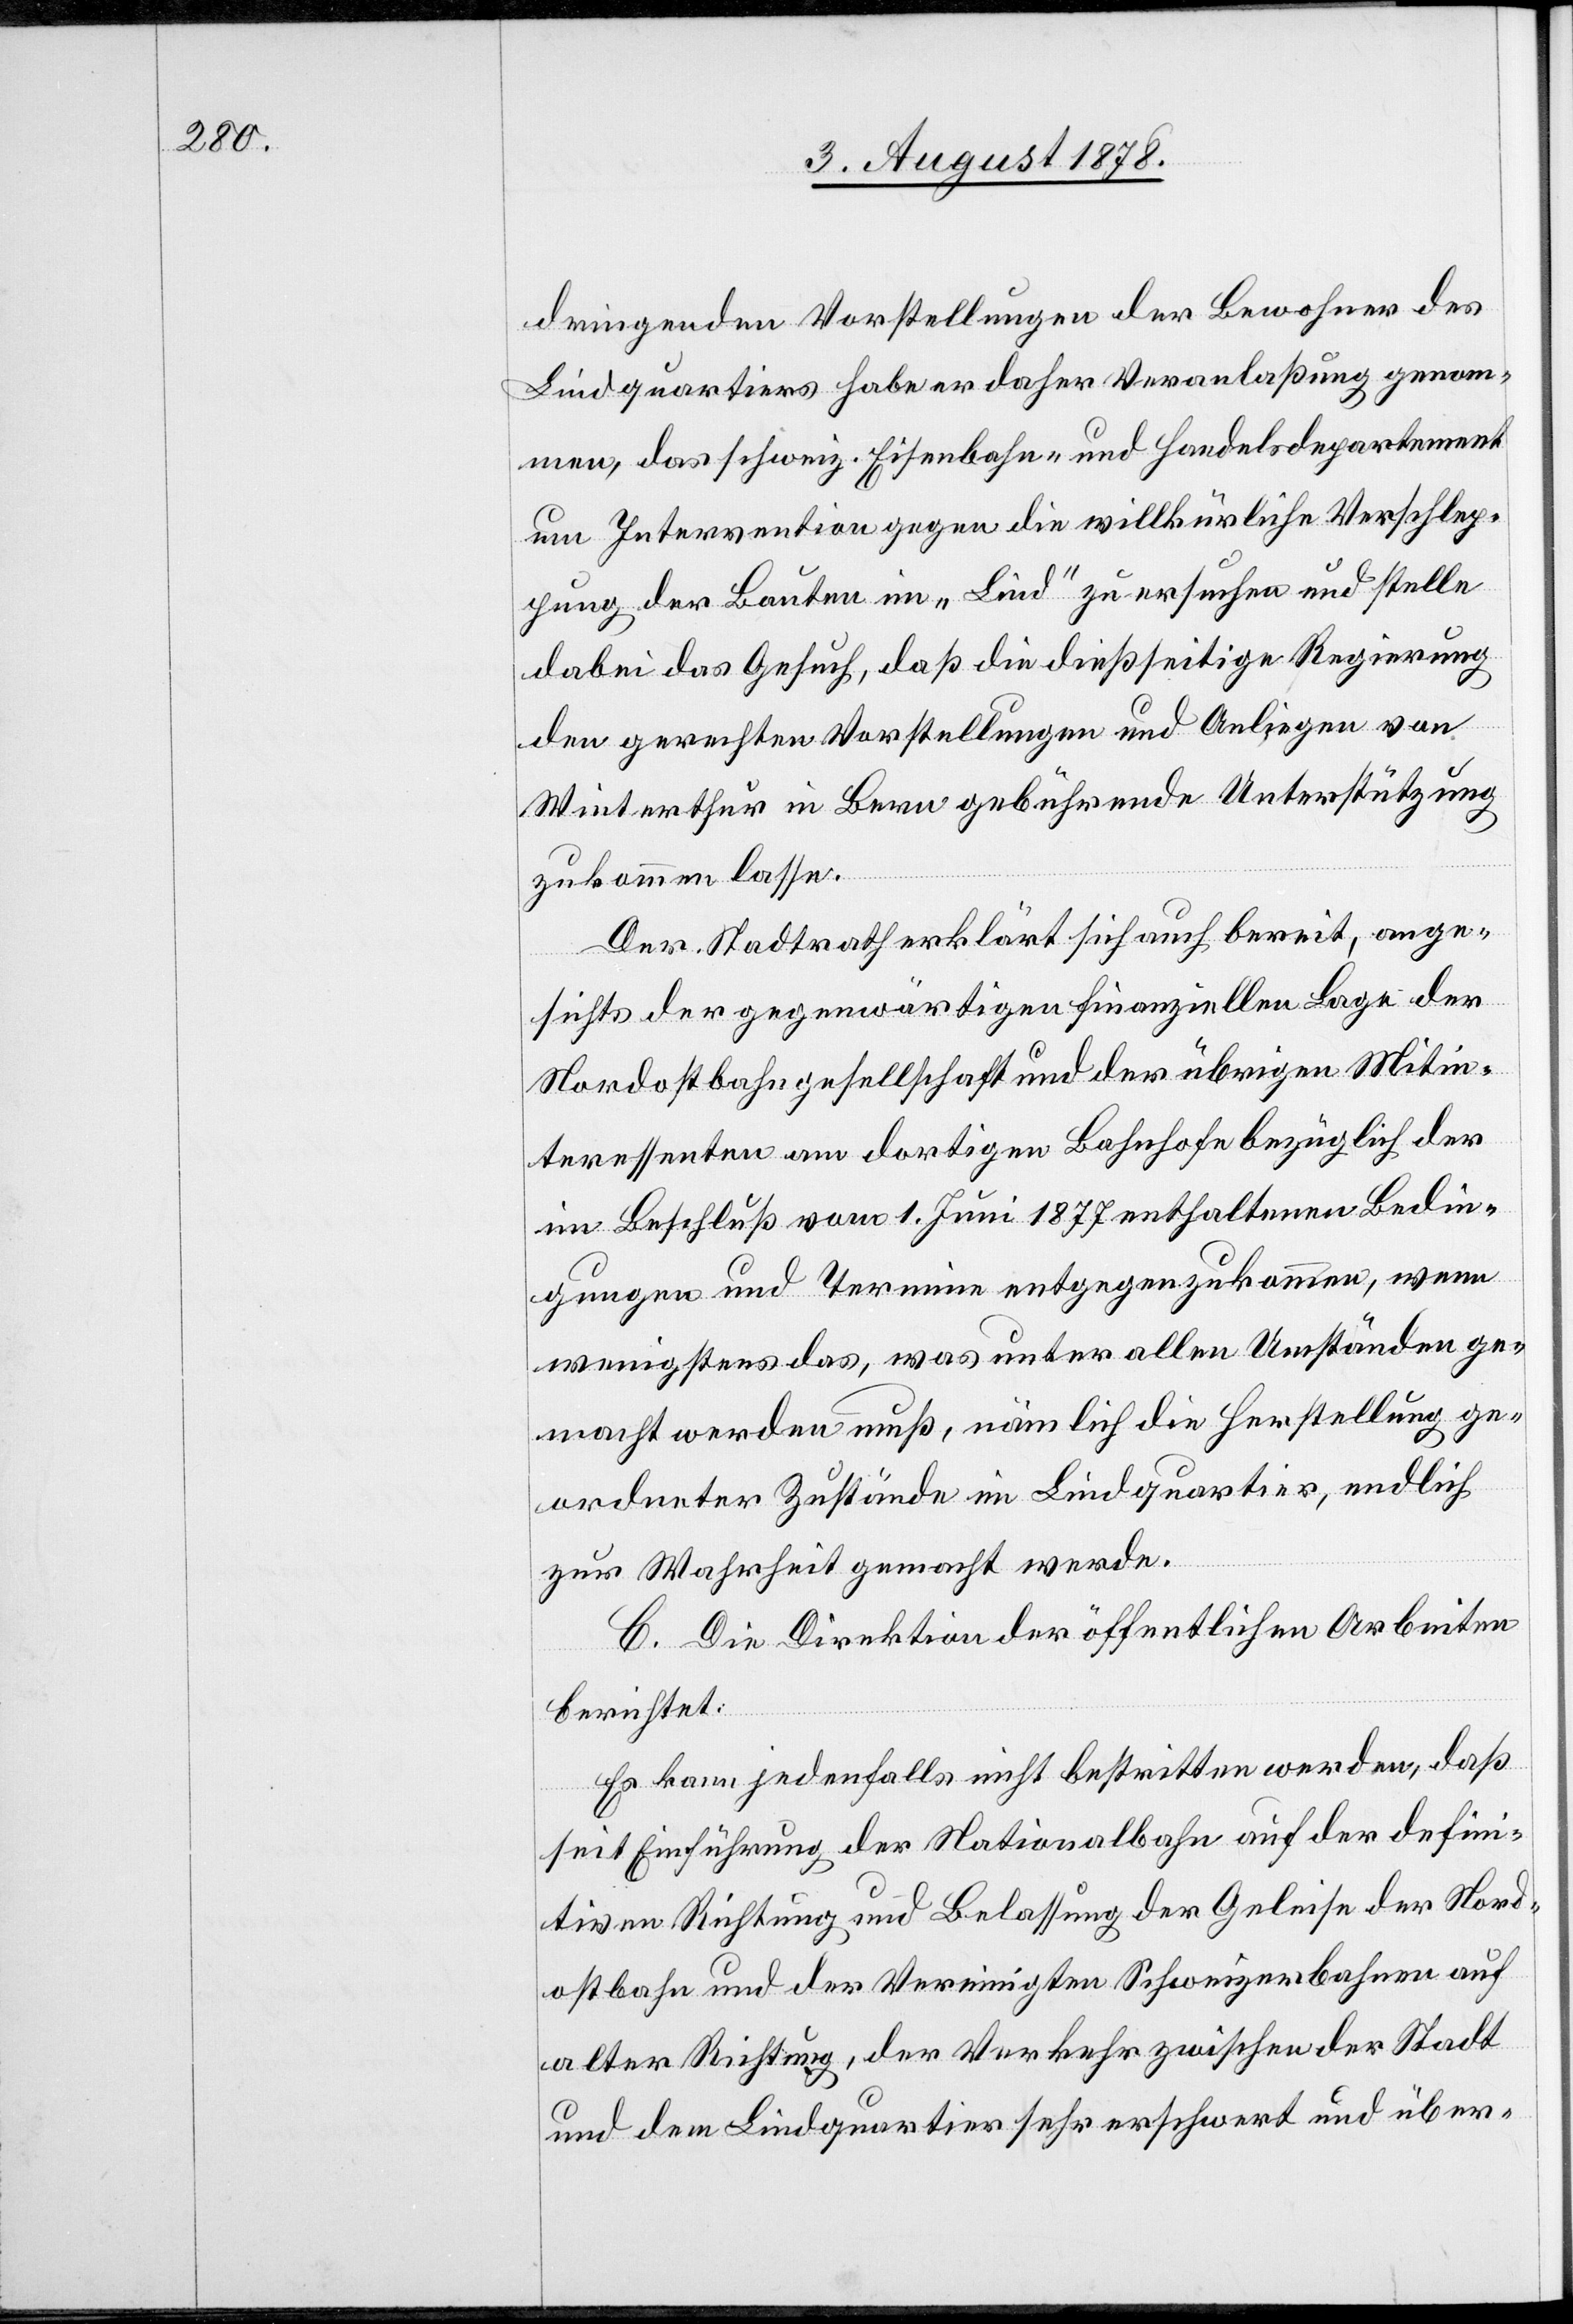
dringenden Vorstellung der Bewohner des
Lindquartiers habe er daher Veranlaßung genom¬
men, das schweiz. Eisenbahn- und Handelsdepartement
um Intervention gegen die willkürliche Verschlep¬
pung der Bauten im „Lind“ zu ersuchen und stelle
dabei das Gesuch, daß die dießseitige Regierung
den gerechneten Vorstellungen und Anliegen von
Winterthur in Bern gebührende Unterstützung
zukommen lasse.
Der Stadtrath erklärt sich auch bereit, ange¬
sichts der gegenwärtigen finanziellen Lage der
Nordostbahngesellschaft und der übrigen Mitin¬
teressenten am dortigen Bahnhofe bezüglich der
im Beschluß vom 1. Juni 1877 enthaltenen Bedin¬
gungen und Termine entgegenzukommen, wenn
wenigstens das, was unter allen Umständen ge¬
macht werden muß, nämlich die Herstellung ge¬
ordneter Zustände im Lindquartier, endlich
zur Wahrheit gemacht werde.
C. Die Direktion der öffentlichen Arbeiten
berichtet:
Es kann jedenfalls nicht bestritten werden, daß
seit Einführung der Nationalbahn auf der defini¬
tiven Richtung und Belassung der Geleise der Nord¬
ostbahn und der Vereinigten Schweizerbahnen auf
alter Richtung, der Verkehr zwischen der Stadt
und dem Lindquartier sehr erschwert und über-